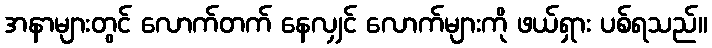
အနာများတွင် လောက်တက် နေလျှင် လောက်များကို ဖယ်ရှား ပစ်ရသည်။